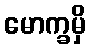
မောက္ခမှိ